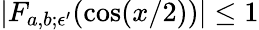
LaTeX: |F_{a,b;\epsilon^{\prime}}(\cos(x/2))|\le 1